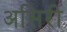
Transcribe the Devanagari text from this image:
असिरी